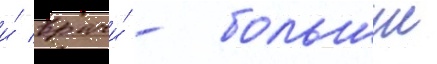
и́ врачи́ - большие